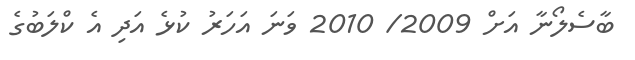
ބާސެލޯނާ އަށް 2009/ 2010 ވަނަ އަހަރު ކުޅެ އަދި އެ ކްލަބުގެ